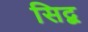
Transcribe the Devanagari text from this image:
सिद्ब